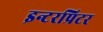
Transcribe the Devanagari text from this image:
इन्टरप्रिटर